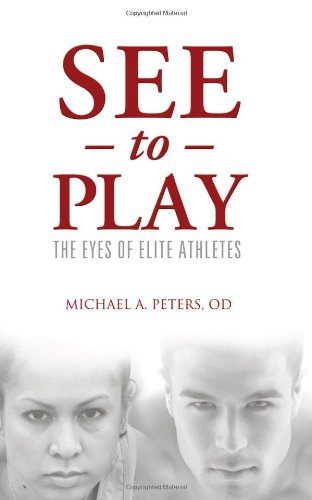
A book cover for See To Play: The Eyes of Elite Athletes; Michael A. Peters OD; Health, Fitness & Dieting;